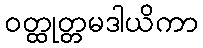
ဝတ္ထုတ္တမဒါယိကာ